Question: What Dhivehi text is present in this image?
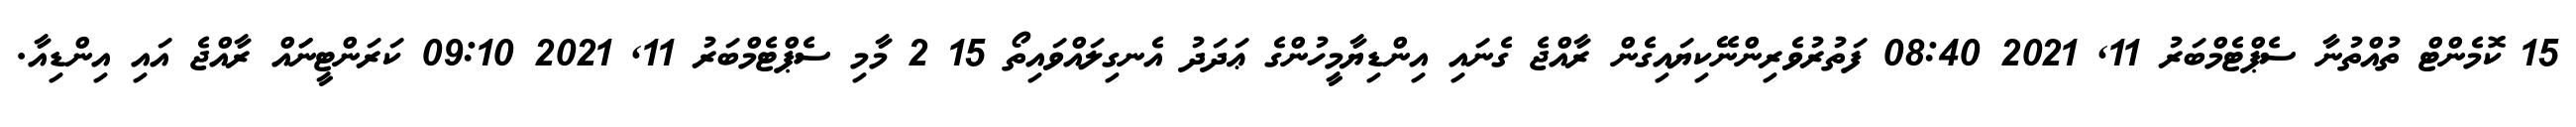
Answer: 15 ކޮމެންޓް ތުއްތުނާ ސެޕްޓެމްބަރު 11, 2021 08:40 ފަތުރުވެރިންނޭކިޔައިގެން ރާއްޖެ ގެނައި އިންޑިޔާމީހުންގެ ޢަދަދު އެނގިލައްވައިތޯ 15 2 މާމި ސެޕްޓެމްބަރު 11, 2021 09:10 ކަރަންޓީނަައް ރާއްޖެ އައި އިންޑިއާ.